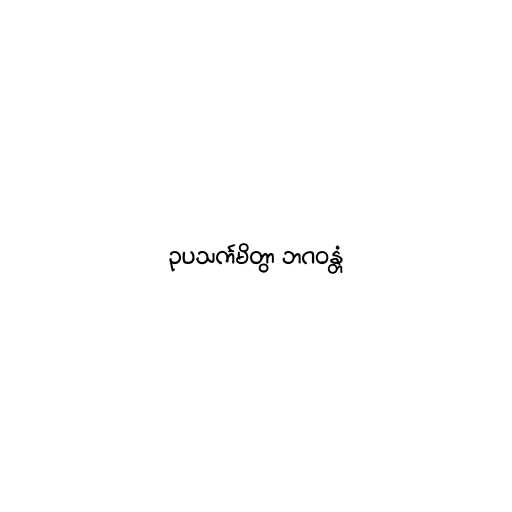
ဥပသင်္ကမိတွာ ဘဂဝန္တံ